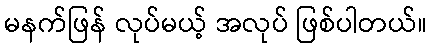
မနက်ဖြန် လုပ်မယ့် အလုပ် ဖြစ်ပါတယ်။